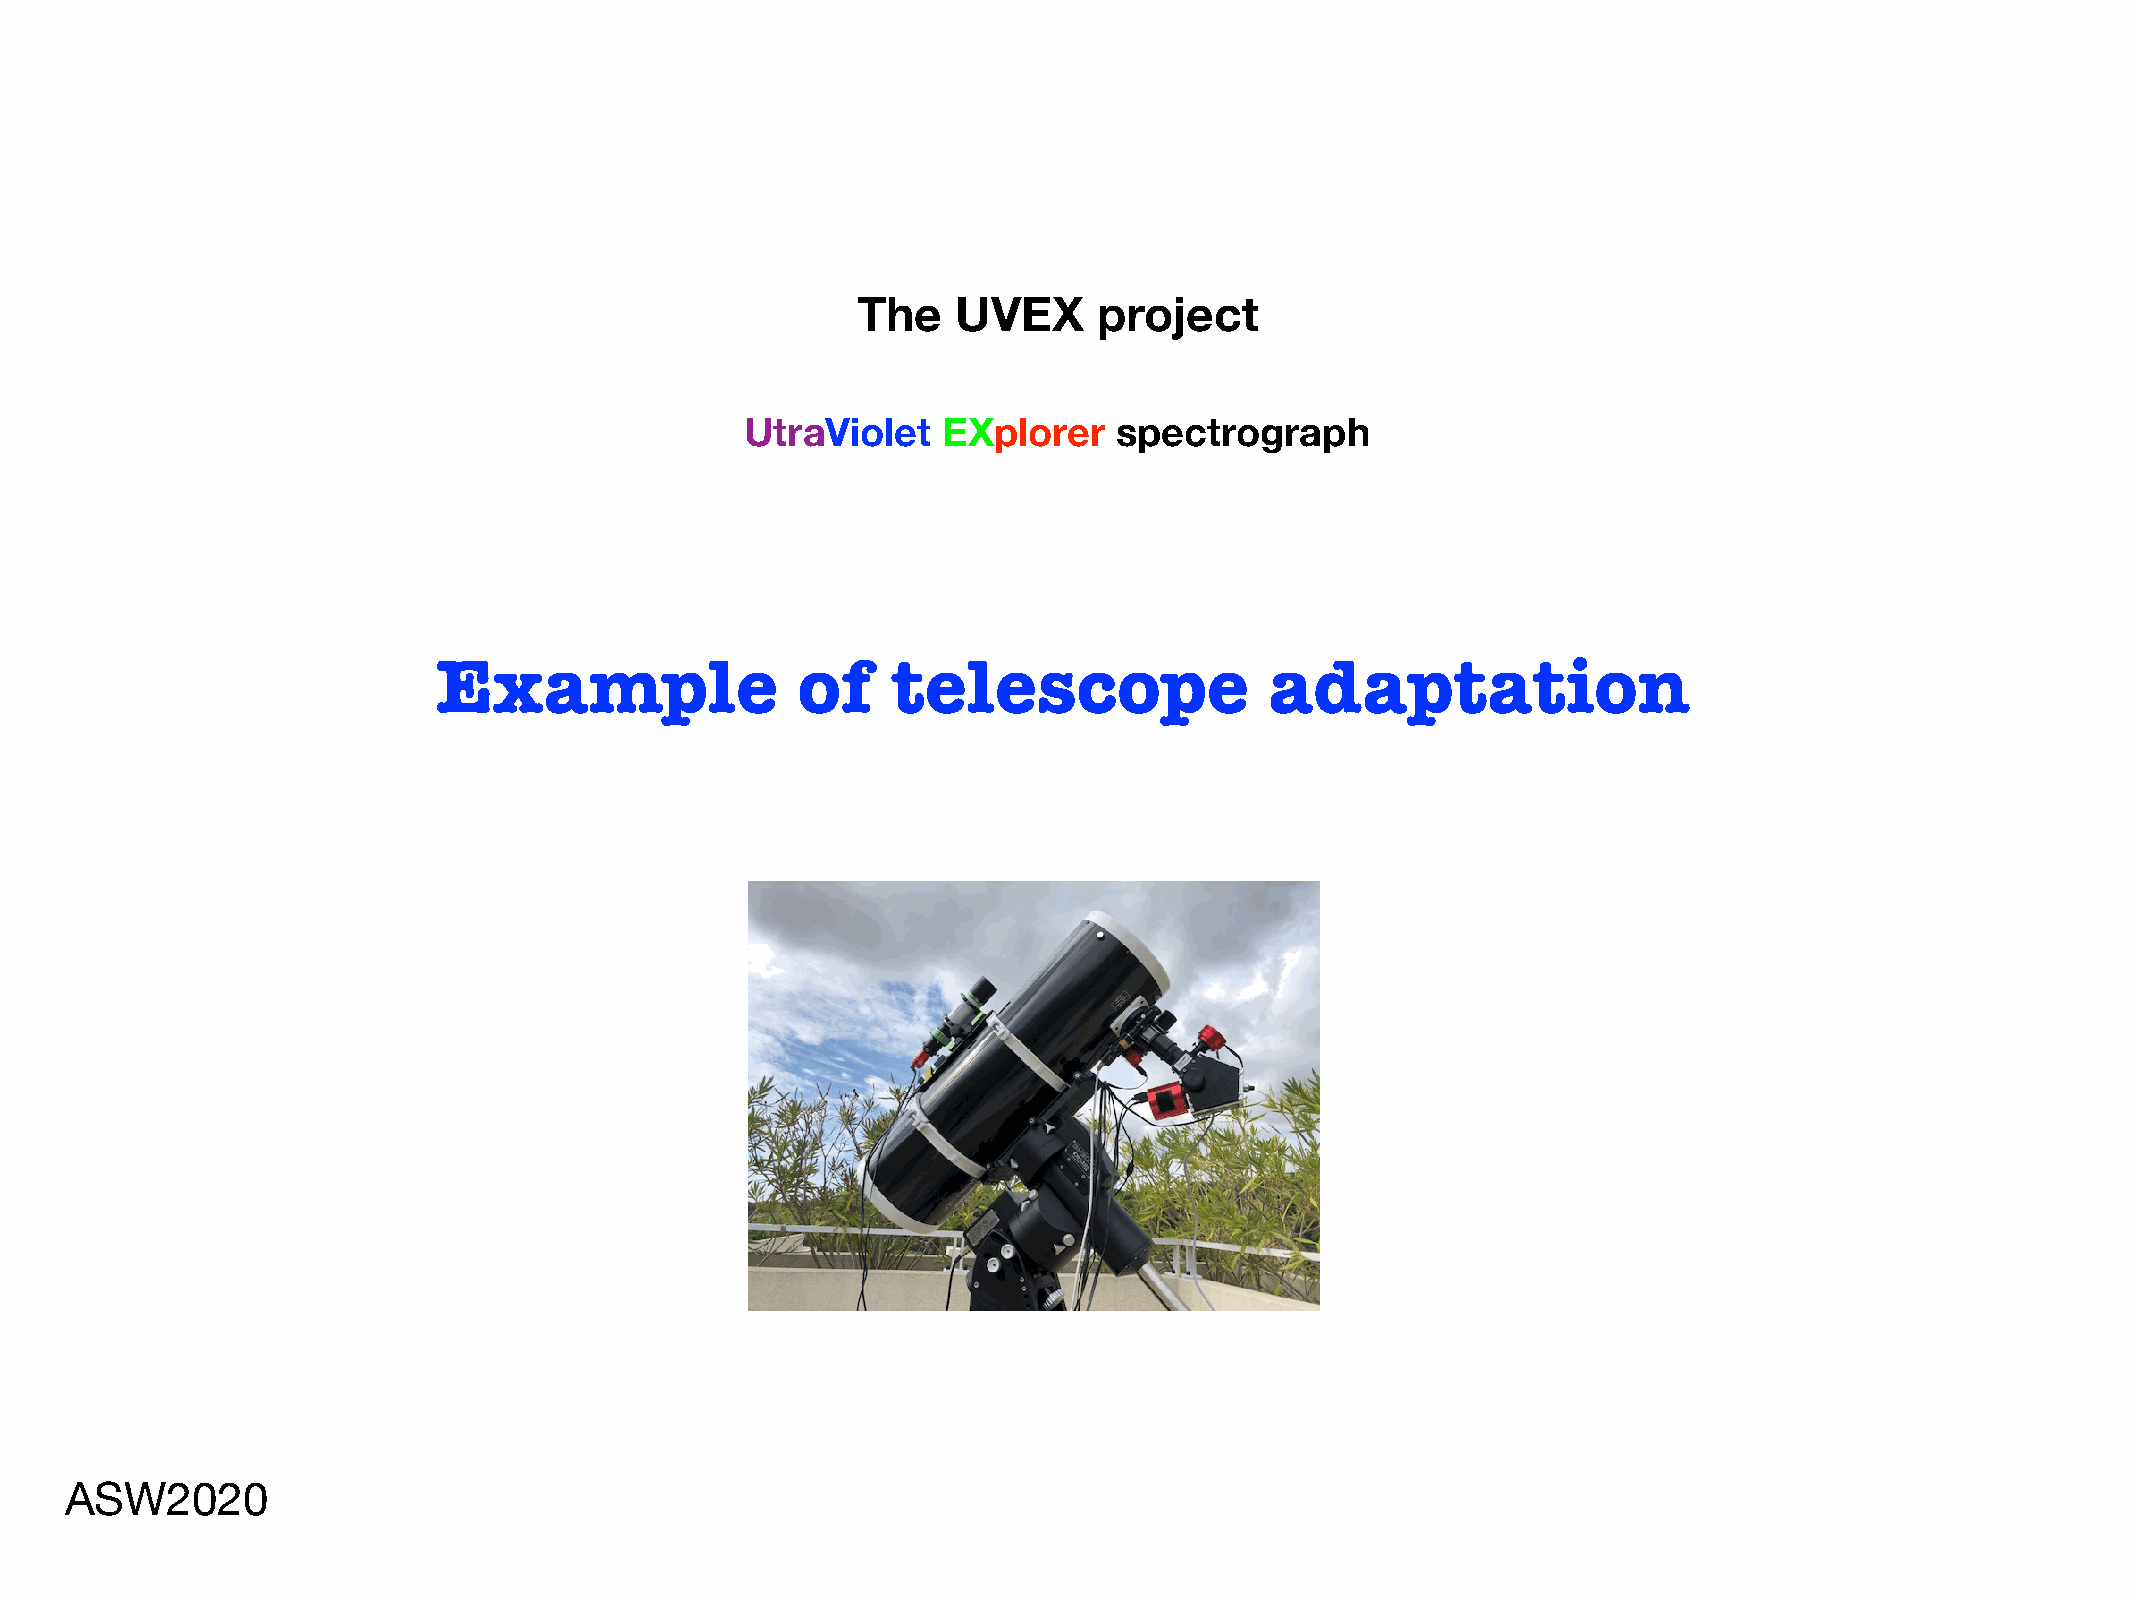
The   UVEX      project
 UtraViolet   EXplorer    spectrograph
 Example                 of    telescope                adaptation
 ASW2020